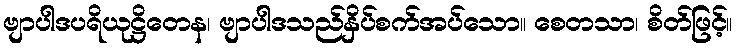
ဗျာပါဒပရိယုဋ္ဌိတေန၊ ဗျာပါဒသည်နှိပ်စက်အပ်သော။ စေတသာ၊ စိတ်ဖြင့်။